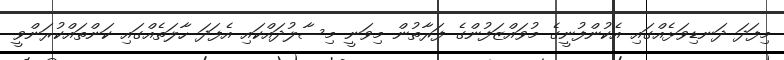
މިފަދަ ދަނޑިވަޅެއްގައި އެކުންފުނީގެ މުވައްޒަފުންގެ ފަރާތުން މިވަނީ މިސާލުދައްކައި އެފަދަ ހާލަތެއްގައި ކަންތައްކުރަންވީ